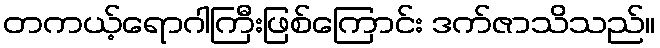
တကယ့်ရောဂါကြီးဖြစ်ကြောင်း ဒက်ဇာသိသည်။